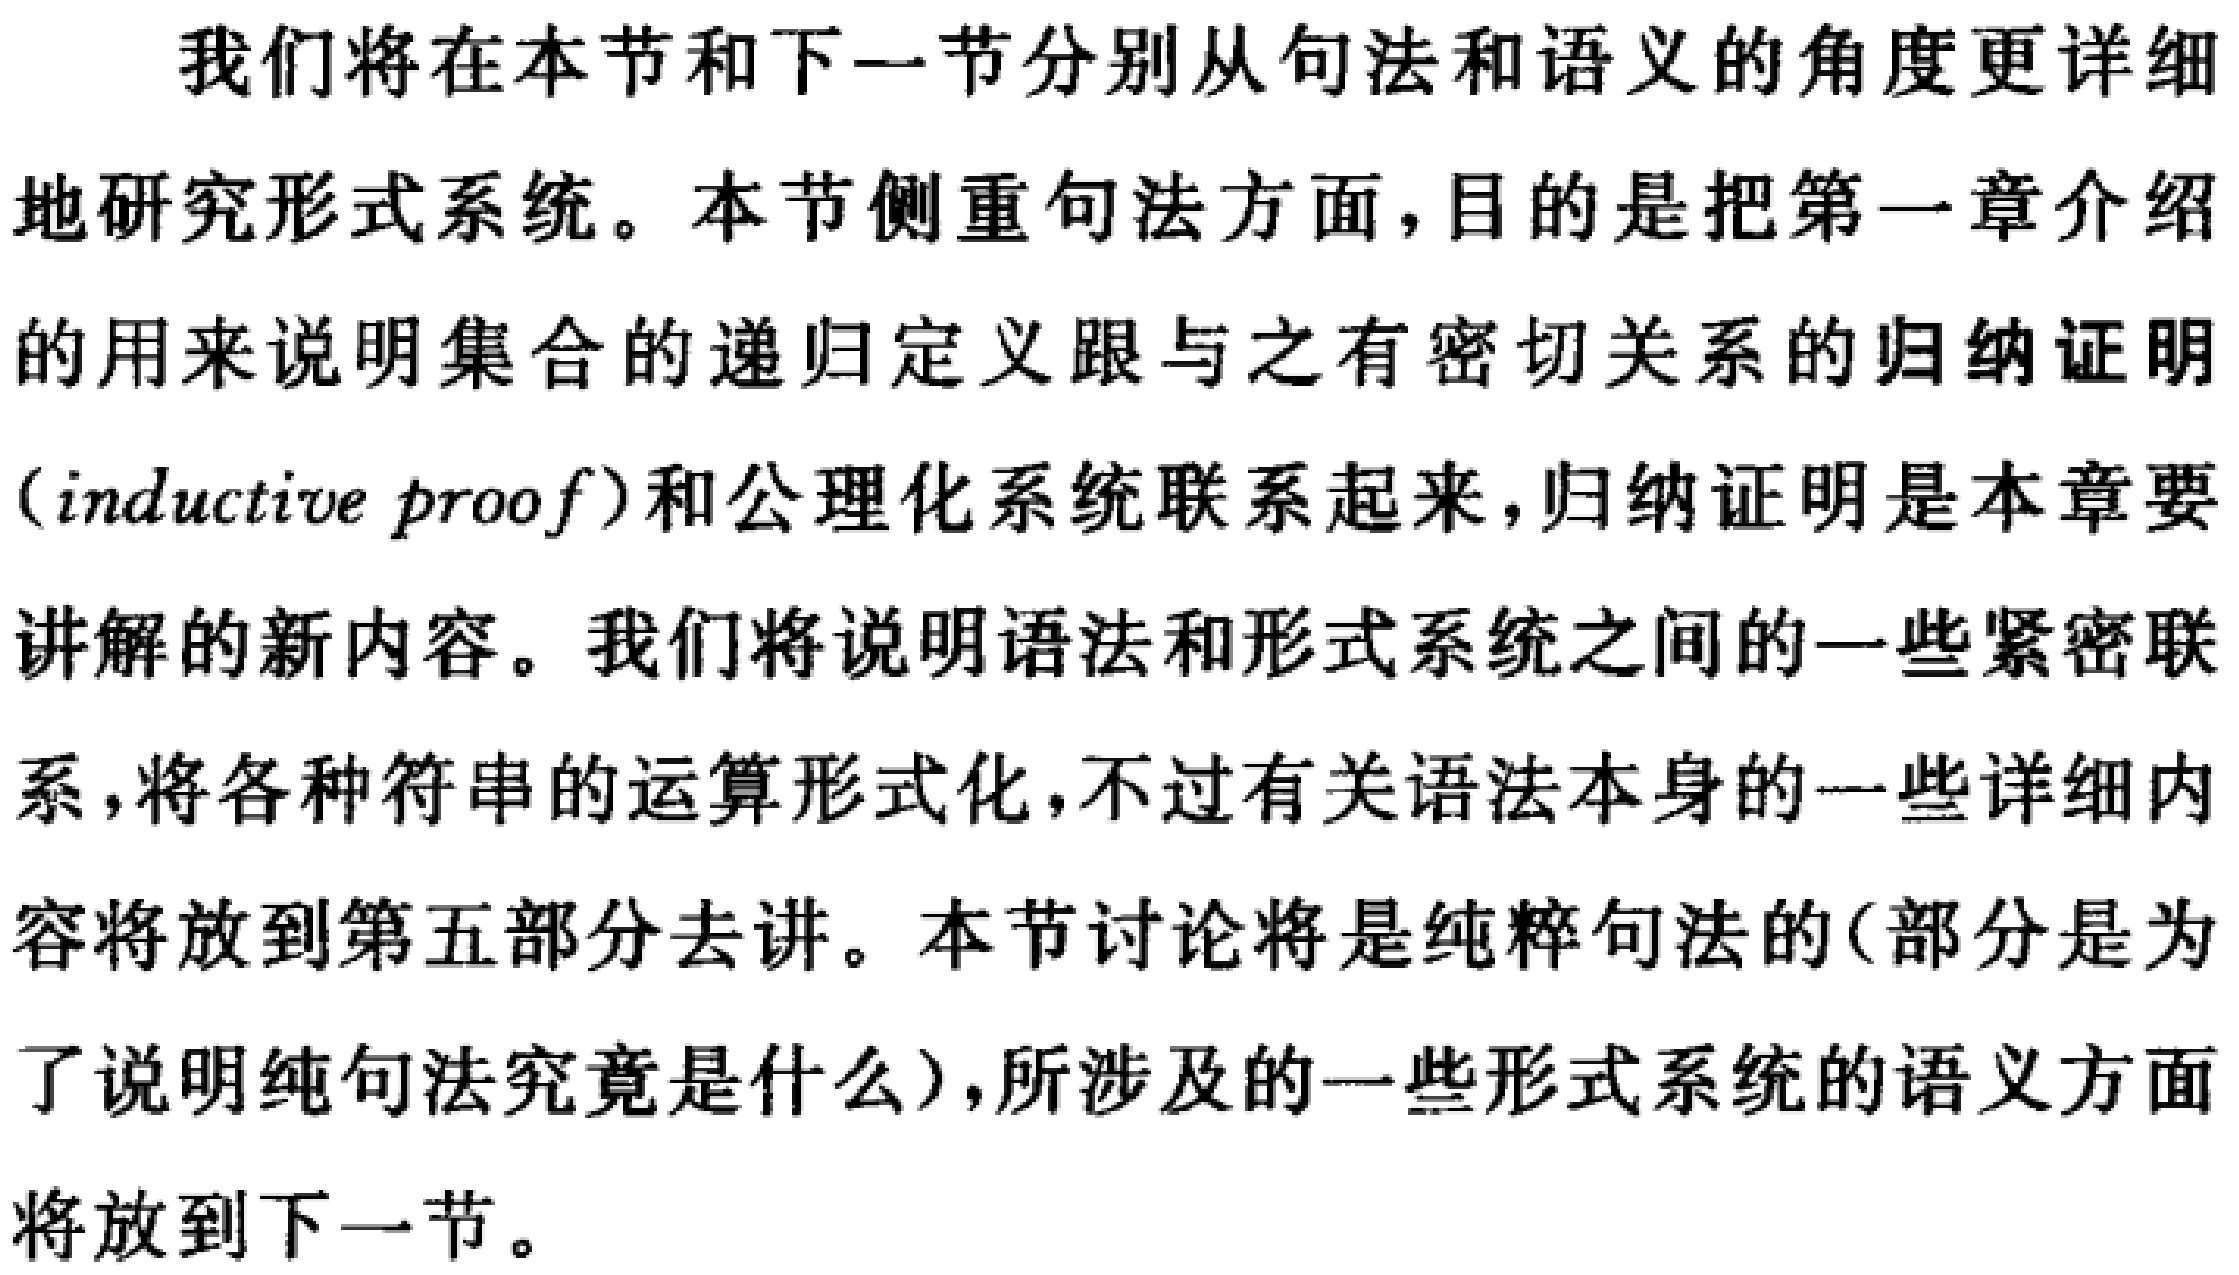
我们将在本节和下一节分别从句法和语义的角度更详细

地研究形式系统。本节侧重句法方面，目的是把第一章介绍

的用来说明集合的递归定义跟与之有密切关系的归纳证明

(inductive proof)和公理化系统联系起来，归纳证明是本章要

讲解的新内容。我们将说明语法和形式系统之间的一些紧密联

系，将各种符串的运算形式化，不过有关语法本身的一些详细内

容将放到第五部分去讲。本节讨论将是纯粹句法的(部分是为

了说明纯句法究竟是什么)，所涉及的一些形式系统的语义方面

将放到下一节。